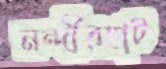
নন্দীরহাট